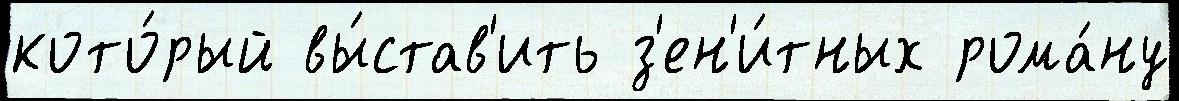
кото́рый вы́став'ить з'ен'и́тных рома́ну